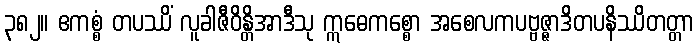
၃၈၂။ ဧကစ္စံ တပဿိံ လူခါဇီဝိန္တိအာဒီသု ဣဓေကစ္စော အစေလကပဗ္ဗဇ္ဇာဒိတပနိဿိတတ္တာ